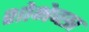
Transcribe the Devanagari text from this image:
शोभेच्छा